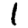
Digit: 1